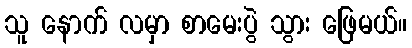
သူ နောက် လမှာ စာမေးပွဲ သွား ဖြေမယ်။